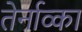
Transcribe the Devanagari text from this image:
तेर्नाव्का